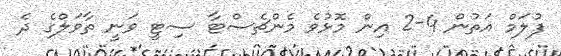
ފުލަމް އަތުން 4-2 އިން މޮޅުވެ މެންޗެސްޓާ ސިޓީ ވަނީ ތާވަލްގެ ދެ